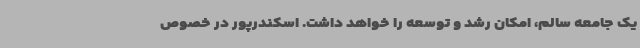
یک جامعه سالم، امکان رشد و توسعه را خواهد داشت. اسکندرپور در خصوص